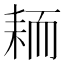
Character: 𫅺